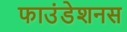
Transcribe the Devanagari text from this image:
फाउंडेशनस